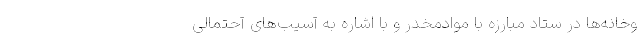
وخانه‌ها در ستاد مبارزه با موادمخدر و با اشاره به آسیب‌های آحتمالی